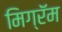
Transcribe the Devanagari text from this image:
मिग्रॅम